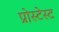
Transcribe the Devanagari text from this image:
प्रोस्टेस्ट